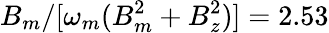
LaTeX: B_{m}/[\omega_{m}(B_{m}^{2}+B_{z}^{2})]=2.53